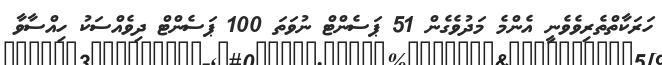
ހަރަކާތްތެރިވެވެނީ އެންމެ މަދުވެގެން 51 ޕަސެންޓް ނުވަތަ 100 ޕަސެންޓް ދިވެއްސަކު ހިއްސާވާ